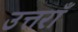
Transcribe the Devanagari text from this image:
उत्तराँ